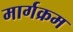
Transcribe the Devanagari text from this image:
मार्गक्रम